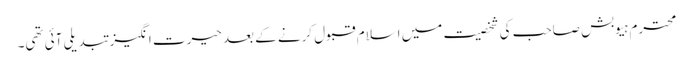
محترم ہیوبش صاحب کی شخصیت میں اسلام قبول کرنے کے بعد حیرت انگیز تبدیلی آئی تھی۔